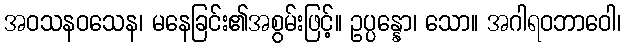
အဝသနဝသေန၊ မနေခြင်း၏အစွမ်းဖြင့်။ ဥပ္ပန္နော၊ သော။ အဂါရဝဘာဝေါ၊